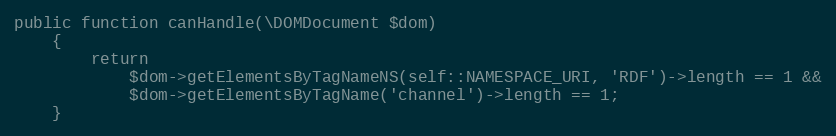
Language: PHP
public function canHandle(\DOMDocument $dom)
    {
        return
            $dom->getElementsByTagNameNS(self::NAMESPACE_URI, 'RDF')->length == 1 &&
            $dom->getElementsByTagName('channel')->length == 1;
    }